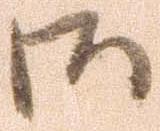
御